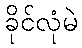
ခိုင်လုံမဲ